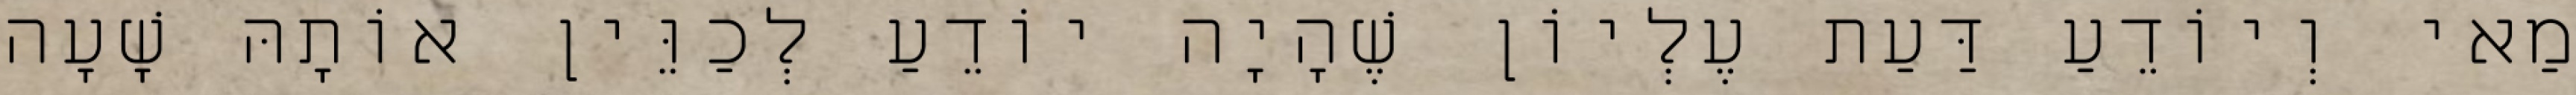
מַאי וְיוֹדֵעַ דַּעַת עֶלְיוֹן שֶׁהָיָה יוֹדֵעַ לְכַוֵּין אוֹתָהּ שָׁעָה